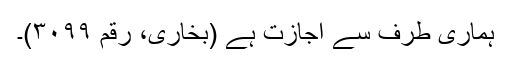
ہماری طرف سے اجازت ہے (بخاری، رقم ۳۰۹۹)۔